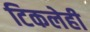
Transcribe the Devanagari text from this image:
टिकलेही